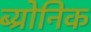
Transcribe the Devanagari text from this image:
ब्य्रोनिक